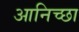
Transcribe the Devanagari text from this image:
आनिच्छा